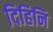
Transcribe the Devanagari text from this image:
दिहिनि